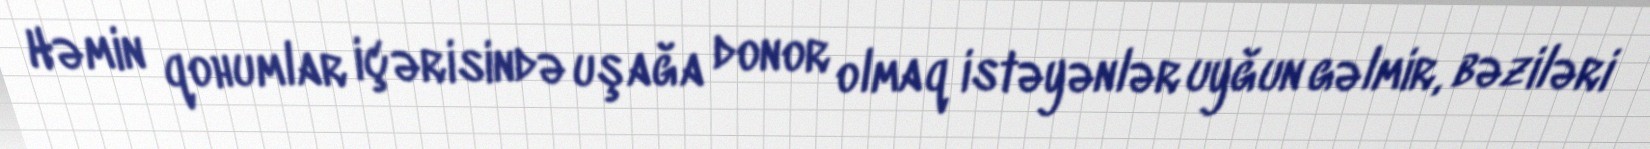
Həmin qohumlar içərisində uşağa donor olmaq istəyənlər uyğun gəlmir, bəziləri